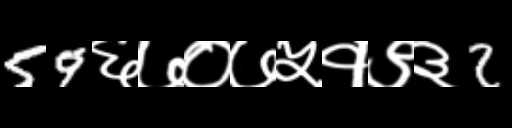
Text: 59६७०७५१९३2